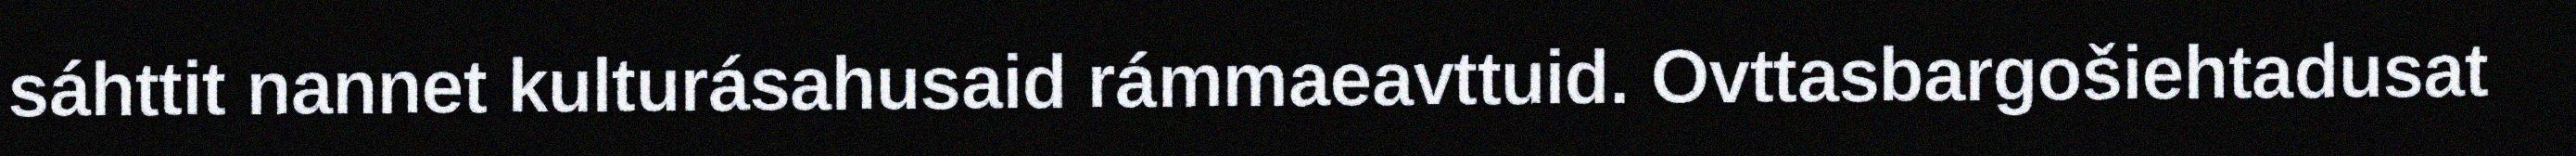
sáhttit nannet kulturásahusaid rámmaeavttuid. Ovttasbargošiehtadusat